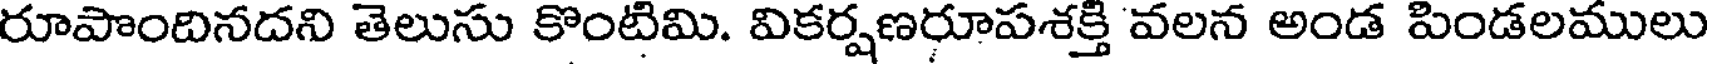
రూపొందినదని తెలుసు కొంటిమి. వికర్షణరూపశక్తి వలన అండ పిండలములు